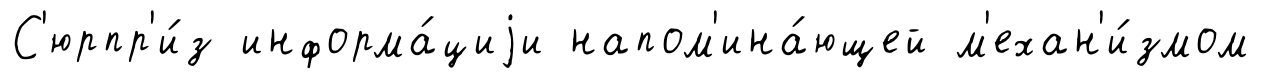
С'юрпр'и́з информа́циjи напом'ина́ющей м'ехан'и́змом